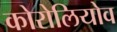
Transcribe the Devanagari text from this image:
कोरोलियोव